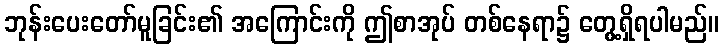
ဘုန်းပေးတော်မူခြင်း၏ အကြောင်းကို ဤစာအုပ် တစ်နေရာ၌ တွေ့ရှိရပါမည်။